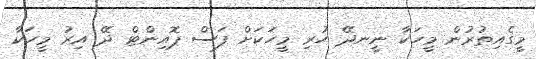
މީގެއިތުރުން މީހަކާ ނީނދޭ ހުރި މީހަކަށް ފަސް ޕޮއިންޓް ދޭ އިރު މީހަކާ